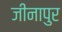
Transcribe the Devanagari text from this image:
जीनापुर